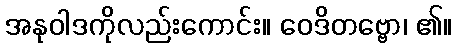
အနုဝါဒကိုလည်းကောင်း။ ဝေဒိတဗ္ဗော၊ ၏။